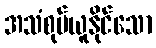
အသံစုပ်ယူနိုင်သော